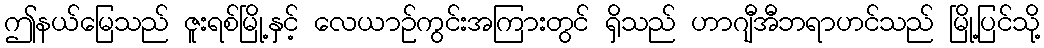
ဤနယ်မြေသည် ဇူးရစ်မြို့နှင့် လေယာဉ်ကွင်းအကြားတွင် ရှိသည် ဟာဂျီအီဘရာဟင်သည် မြို့ပြင်သို့